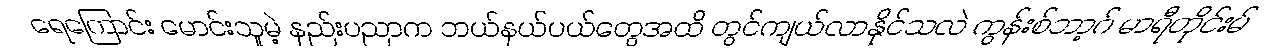
ရေကြောင်း မောင်းသူမဲ့ နည်းပညာက ဘယ်နယ်ပယ်တွေအထိ တွင်ကျယ်လာနိုင်သလဲ ကွန်းစ်ဘာ့ဂ် မာရီတိုင်းမ်